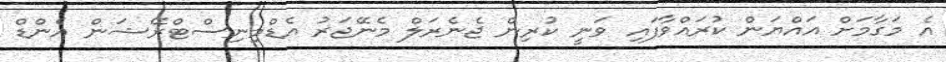
އެ މަގާމަށް އައްޔަން ކުރައްވާފައި ވަނީ ކުރިން ޖެނެރަލް މެނޭޖަރު އެޑްމިނިސްޓްރޭޝަން އެންޑް